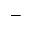
-